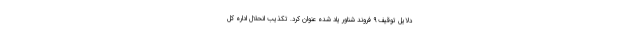
دلایل توقیف ۹ فروند شناور یاد شده عنوان کرد. تکذیب انحلال اداره کل